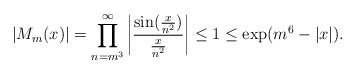
LaTeX: \begin{align*} |M_m(x)|=\prod_{n=m^3}^{\infty}\left|\frac{\sin(\frac{x}{n^2})}{\frac{x}{n^2}}\right|\leq 1\leq \exp(m^6-|x|).\end{align*}